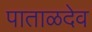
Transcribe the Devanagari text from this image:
पाताळदेव